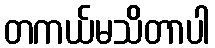
တကယ်မသိတာပါ